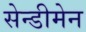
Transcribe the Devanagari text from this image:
सेन्डीमेन